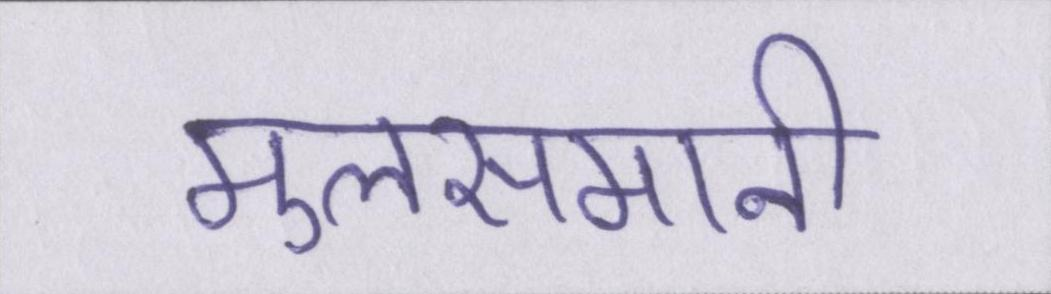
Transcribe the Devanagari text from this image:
मुलसमानी